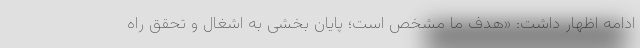
ادامه اظهار داشت: «هدف ما مشخص است؛ پایان بخشی به اشغال و تحقق راه